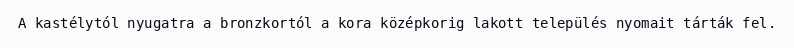
A kastélytól nyugatra a bronzkortól a kora középkorig lakott település nyomait tárták fel.